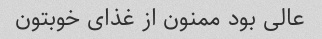
عالی بود ممنون از غذای خوبتون